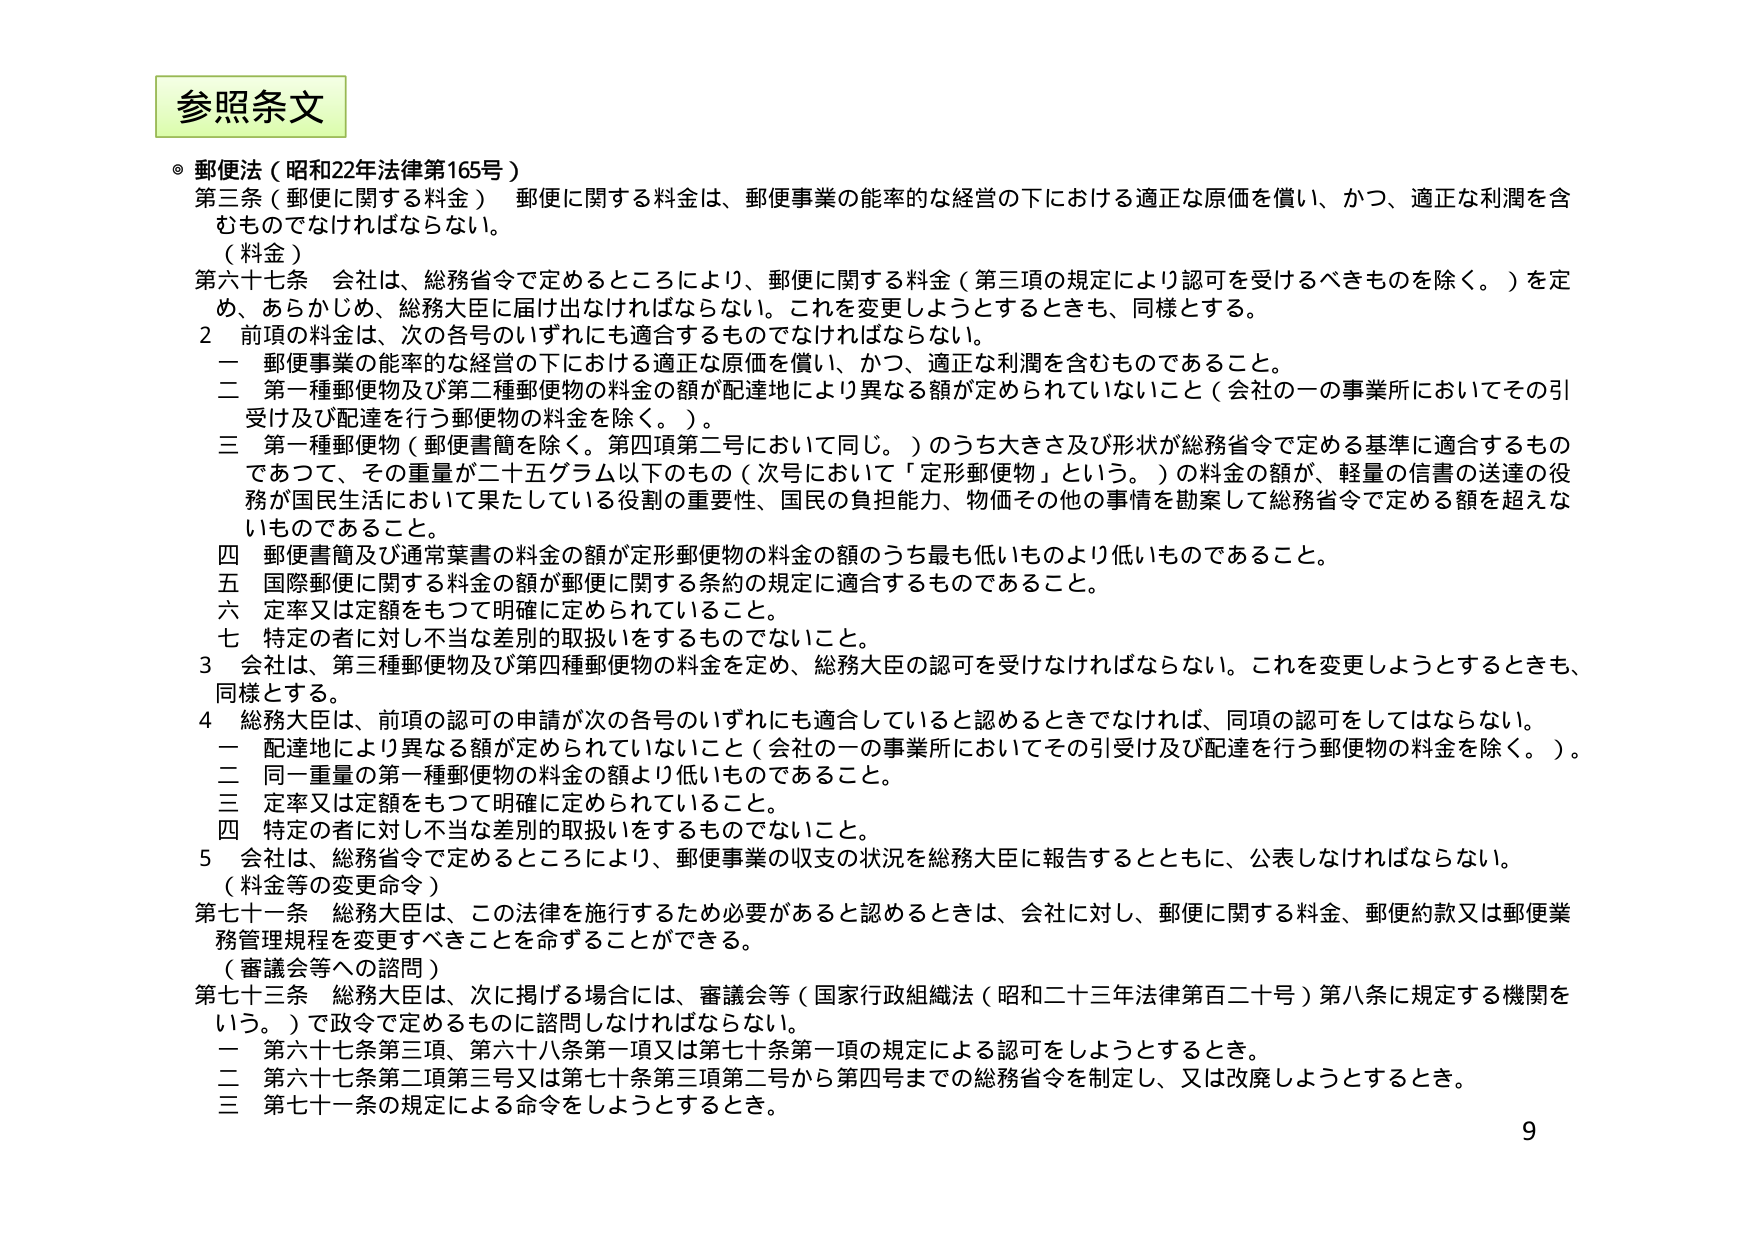
参照条文

◎ 郵便法（昭和22年法律第165号）

第三条（郵便に関する料金） 郵便に関する料金は、郵便事業の能率的な経営の下における適正な原価を償い、かつ、適正な利潤を含むものでなければならない。

（料金）

第六十七条 会社は、総務省令で定めるところにより、郵便に関する料金（第三項の規定により認可を受けるべきものを除く。）を定め、あらかじめ、総務大臣に届け出なければならない。これを変更しようとするときも、同様とする。

2 前項の料金は、次の各号のいずれにも適合するものでなければならない。

一 郵便事業の能率的な経営の下における適正な原価を償い、かつ、適正な利潤を含むものであること。

二 第一種郵便物及び第二種郵便物の料金の額が配達地により異なる額が定められていないこと（会社の一の事業所においてその引受け及び配達を行う郵便物の料金を除く。）。

三 第一種郵便物（郵便書簡を除く。第四項第二号において同じ。）のうち大きさ及び形状が総務省令で定める基準に適合するものであつて、その重量が二十五グラム以下のもの（次号において「定形郵便物」という。）の料金の額が、軽量の信書の送達の役務が国民生活において果たしている役割の重要性、国民の負担能力、物価その他の事情を勘案して総務省令で定める額を超えないものであること。

四 郵便書簡及び通常葉書の料金の額が定形郵便物の料金の額のうち最も低いものより低いものであること。

五 国際郵便に関する料金の額が郵便に関する条約の規定に適合するものであること。

六 定率又は定額をもつて明確に定められていること。

七 特定の者に対し不当な差別的取扱いをするものでないこと。

3 会社は、第三種郵便物及び第四種郵便物の料金を定め、総務大臣の認可を受けなければならない。これを変更しようとするときも、同様とする。

4 総務大臣は、前項の認可の申請が次の各号のいずれにも適合していると認めるときでなければ、同項の認可をしてはならない。

一 配達地により異なる額が定められていないこと（会社の一の事業所においてその引受け及び配達を行う郵便物の料金を除く。）。

二 同一重量の第一種郵便物の料金の額より低いものであること。

三 定率又は定額をもつて明確に定められていること。

四 特定の者に対し不当な差別的取扱いをするものでないこと。

5 会社は、総務省令で定めるところにより、郵便事業の収支の状況を総務大臣に報告するとともに、公表しなければならない。

（料金等の変更命令）

第七十一条 総務大臣は、この法律を施行するため必要があると認めるときは、会社に対し、郵便に関する料金、郵便約款又は郵便業務管理規程を変更すべきことを命ずることができる。

（審議会等への諮問）

第七十三条 総務大臣は、次に掲げる場合には、審議会等（国家行政組織法（昭和二十三年法律第百二十号）第八条に規定する機関をいう。）で政令で定めるものに諮問しなければならない。

一 第六十七条第三項、第六十八条第一項又は第七十七条第一項の規定による認可をしようとするとき。

二 第六十七条第二項第三号又は第七十条第三項第二号から第四号までの総務省令を制定し、又は改廃しようとするとき。

三 第七十一条の規定による命令をしようとするとき。

9